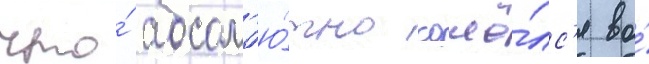
что́ абсол'ю́тно сошё́лс'я во́